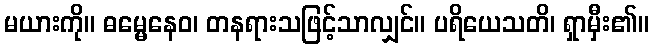
မယားကို။ ဓမ္မေနေဝ၊ တနရားသဖြင့်သာလျှင်။ ပရိယေသတိ၊ ရှာမှီး၏။